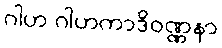
ဂါဟ ဂါဟကာဒိဝဏ္ဏနာ